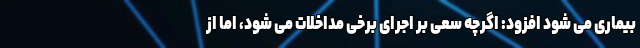
بیماری می شود افزود: اگرچه سعی بر اجرای برخی مداخلات می شود، اما از